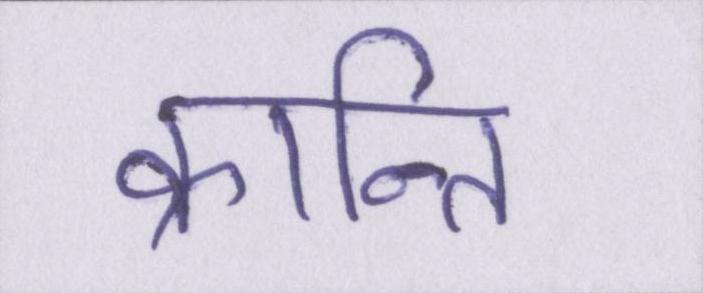
क्रान्ति